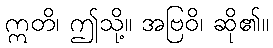
ဣတိ၊ ဤသို့။ အဗြဝိ၊ ဆို၏။